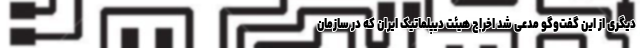
دیگری از این گفت‌وگو مدعی شد اخراج هیئت دیپلماتیک ایران که در سازمان